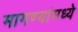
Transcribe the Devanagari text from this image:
मागण्यांमध्ये